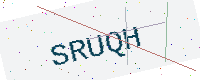
Text: SRUQH